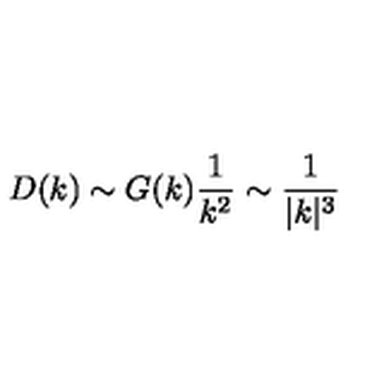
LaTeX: D ( k ) \sim G ( k ) { \frac { 1 } { k ^ { 2 } } } \sim { \frac { 1 } { | k | ^ { 3 } } }